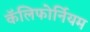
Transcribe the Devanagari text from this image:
कॅलिफोर्नियम